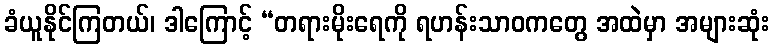
ခံယူနိုင်ကြတယ်၊ ဒါကြောင့် “တရားမိုးရေကို ရဟန်းသာဝကတွေ အထဲမှာ အများဆုံး